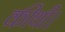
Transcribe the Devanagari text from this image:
कीथी।